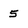
Character: 5